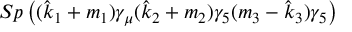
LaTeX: S p \left( { ( \hat { k } _ { 1 } + m _ { 1 } ) \gamma _ { \mu } ( \hat { k } _ { 2 } + m _ { 2 } ) \gamma _ { 5 } ( m _ { 3 } - \hat { k } _ { 3 } ) \gamma _ { 5 } } \right)